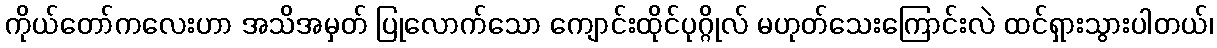
ကိုယ်တော်ကလေးဟာ အသိအမှတ် ပြုလောက်သော ကျောင်းထိုင်ပုဂ္ဂိုလ် မဟုတ်သေးကြောင်းလဲ ထင်ရှားသွားပါတယ်၊